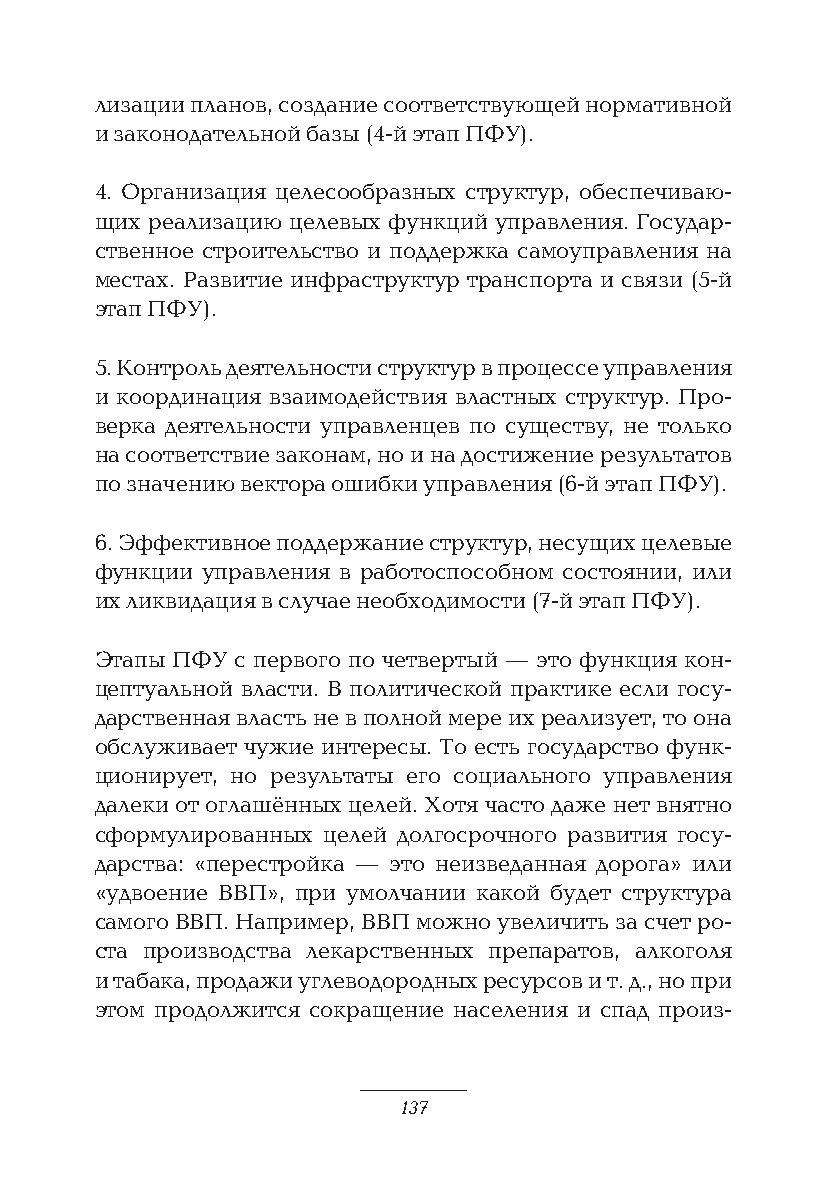
лизации планов, создание соответствующей нормативной
 и законодательной базы (4-й этап ПФУ).
 4. Организация целесообразных структур, обеспечиваю-
 щих реализацию целевых функций управления. Государ-
 ственное строительство и поддержка самоуправления на
 местах. Развитие инфраструктур транспорта и связи (5-й
 этап ПФУ).
 5. Контроль деятельности структур в процессе управления
 и координация взаимодействия властных структур. Про-
 верка деятельности управленцев по существу, не только
 на соответствие законам, но и на достижение результатов
 по значению вектора ошибки управления (6-й этап ПФУ).
 6. Эффективное поддержание структур, несущих целевые
 функции управления в работоспособном состоянии, или
 их ликвидация в случае необходимости (7-й этап ПФУ).
 Этапы ПФУ с первого по четвертый — это функция кон-
 цептуальной власти. В политической практике если госу-
 дарственная власть не в полной мере их реализует, то она
 обслуживает чужие интересы. То есть государство функ-
 ционирует, но результаты его социального управления
 далеки от оглашённых целей. Хотя часто даже нет внятно
 сформулированных целей долгосрочного развития госу-
 дарства: «перестройка — это неизведанная дорога» или
 «удвоение ВВП», при умолчании какой будет структура
 самого ВВП. Например, ВВП можно увеличить за счет ро-
 ста производства лекарственных препаратов, алкоголя
 и табака, продажи углеводородных ресурсов и т. д., но при
 этом продолжится сокращение населения и спад произ-
 137